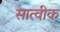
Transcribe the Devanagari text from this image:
सात्वीक